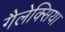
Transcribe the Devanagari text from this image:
गैलेक्सिया